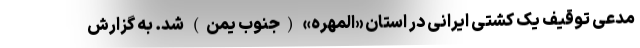
مدعی توقیف یک کشتی ایرانی در استان «المهره» (جنوب یمن) شد. به گزارش